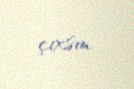
çıxsın.